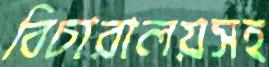
বিচারালয়সহ